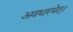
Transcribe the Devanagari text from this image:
अवधारमेत्।